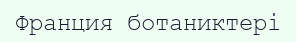
Франция ботаниктері